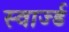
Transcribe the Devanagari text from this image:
स्वार्ज्ड